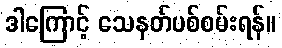
ဒါကြောင့် သေနတ်ပစ်စမ်းရန်။